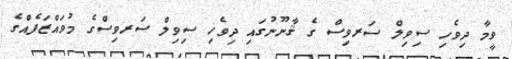
ވީމާ ދިވެހި ސިވިލް ސަރވިސް ގެ ޤާނޫނުގައި ދިވެހި ސިވިލް ސަރވިސްގެ މުވައްޒަފެއްގެ